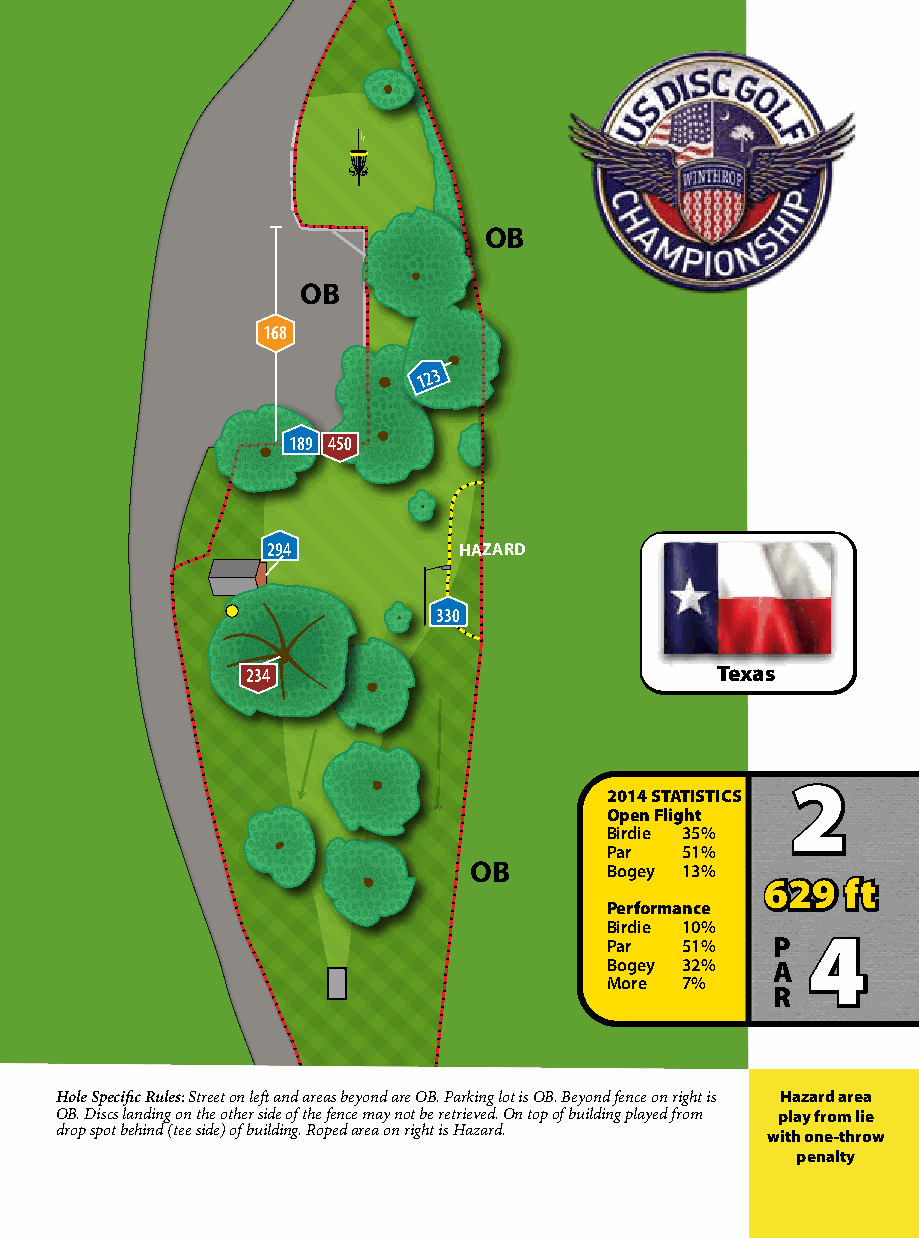
OB
 OB
 168
 1 2 3
 189 450
 294         HAZARD
 330
 234                            Texas
 2
 2014 STATISTICS
 Open Flight
 Birdie 35%
 Par  51%
 OB       Bogey 13%
 629  ft
 Performance
 Birdie 10%
 Par  51%   P 4
 Bogey 32%  A
 More 7%
 R
 Hole Specific Rules: Street on left and areas beyond are OB. Parking lot is OB. Beyond fence on right is NHoarzmaradl aOrBe a
 OB. Discs landing on the other side of the fence may not be retrieved. On top of building played from rpullaeys farpopml yli.e
 drop spot behind (tee side) of building. Roped area on right is Hazard. with one-throw
 penalty